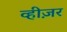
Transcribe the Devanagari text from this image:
व्हीज़र